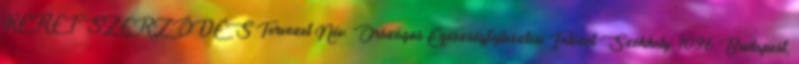
KERETSZERZŐDÉS Tervezet Név: Országos Egészségfejlesztési Intézet Székhely: 1096 Budapest,